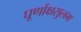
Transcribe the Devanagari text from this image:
घूर्णाक्षसुलभ